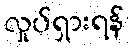
လှုပ်ရှားရန်